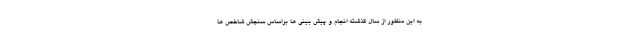
به این منظور از سال گذشته انجام و پیش بینی ها براساس سنجش شاخص ها